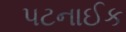
પટનાઈક